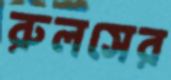
রুলসের